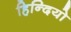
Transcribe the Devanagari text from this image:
हिन्दियो